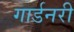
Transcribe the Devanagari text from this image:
गार्डनरी